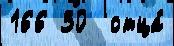
166 30  отца́